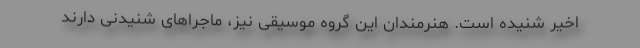
اخیر شنیده است. هنرمندان این گروه موسیقی نیز، ماجراهای شنیدنی دارند